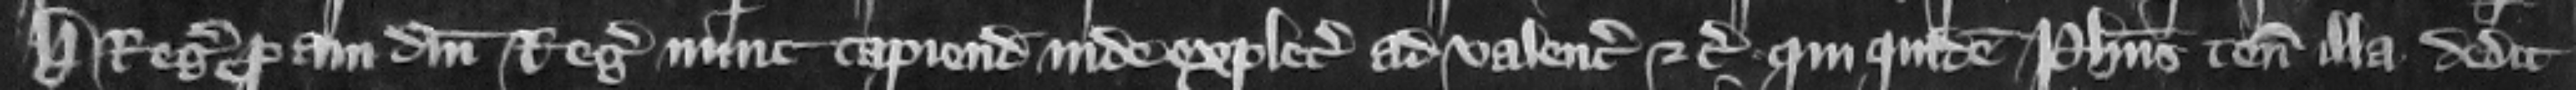
H. regis proaui domini regis nunc capiendo inde explecia ad valenciam etc. qui quidem Philippus tenementa illa dedit